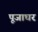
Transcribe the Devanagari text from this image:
पूजाघर